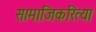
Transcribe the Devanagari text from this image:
सामाजिकरित्या